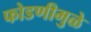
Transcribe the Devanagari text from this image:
फोडणीमुळे